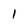
Character: 1